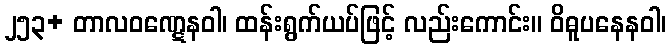
၂၅၃+ တာလဝဏ္ဋေနဝါ၊ ထန်းရွက်ယပ်ဖြင့် လည်းကောင်း။ ဝိဓူပနေနဝါ၊